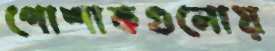
পোশাকগুলোয়